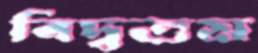
বিদ্বত্তম